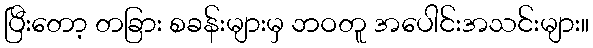
ပြီးတော့ တခြား စခန်းများမှ ဘဝတူ အပေါင်းအသင်းများ။